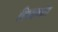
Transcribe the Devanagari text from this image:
दिव्यकांत